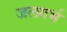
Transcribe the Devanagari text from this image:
जलगर्भ